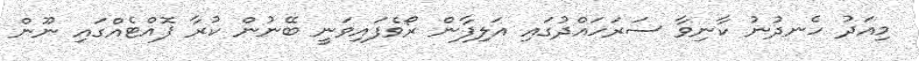
މިއަދު ހެނދުނު ކާނިވާ ސަރަހައްދުގައި އަލިފާން ރޯވެފައިވަނީ ބޭނުން ކުރާ ފޮއްޓެއްގައި ނޫން